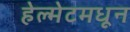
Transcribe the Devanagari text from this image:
हेल्मेटमधून